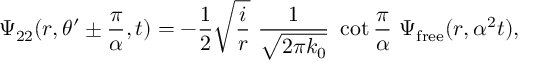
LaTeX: \Psi _ { 2 2 } ( r , \theta ^ { \prime } \pm { \frac { \pi } { \alpha } } , t ) = - { \frac { 1 } { 2 } } \sqrt { { \frac { i } { r } } } \, \, { \frac { 1 } { \sqrt { 2 \pi k _ { 0 } } } } \, \, \cot { \frac { \pi } { \alpha } } \, \, \Psi _ { \mathrm { { f r e e } } } ( r , \alpha ^ { 2 } t ) ,